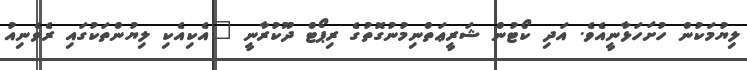
ލިޔުމަކުން ހުށަހަޅާނީއެވެ. އަދި ކޯޓުން ޝަރީޢަތްނިމުނުގޮތުގެ ރިޕޯޓް ދޫކުރާނީ "އެކިއެކި ލިޔުންތަކުގައި ރެވެނިއު